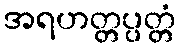
အရဟတ္တပ္ပတ္တံ